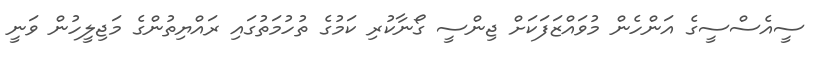
ސީއެސްސީގެ އަންހެން މުވައްޒަފަަކަށް ޖިންސީ ގޯނާކުރި ކަމުގެ ތުހުމަތުގައި ރައްޔިތުންގެ މަޖިލީހުން ވަނީ